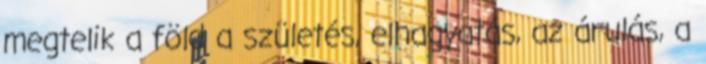
megtelik a föld a születés, elhagyatás, az árulás, a